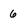
Character: 6